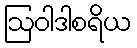
ဩဝါဒါစရိယ